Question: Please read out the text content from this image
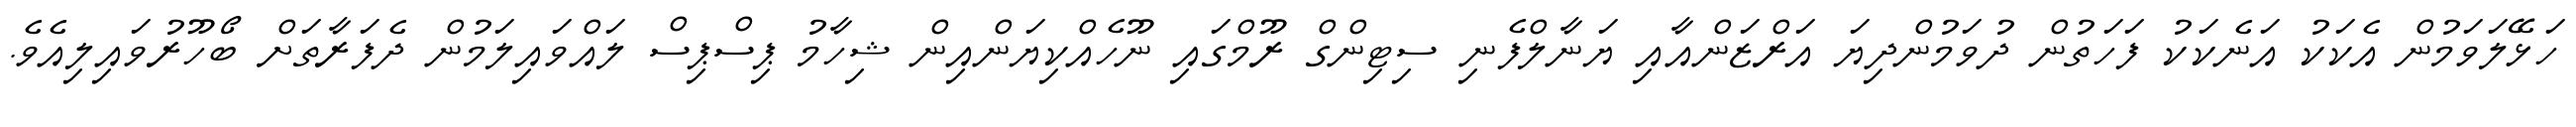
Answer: ހަޅޭލަވަމުން އެކަކު އަނެކަކު ފަހަތުން ދުވަމުންދިޔަ އަރްޒަންއާއި ޔަނާލްފެނި ސިޓިންގް ރޫމްގައި ނޫހެއްކިޔަންއިން ޝިހާމު ޕިސްޕިސް ލައްވައިލަމުން ދެފަރާތަށް ބޯހޫރުވައިލިއެވެ.